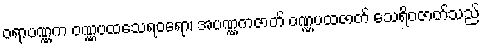
ဝရာပဏ္ဏက ဝဏ္ဏပထသေရဝရော၊ အပဏ္ဏကဇာတ် ဝဏ္ဏပထဇာတ် သေရိဝဇာတ်သည်